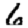
Digit: 6